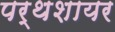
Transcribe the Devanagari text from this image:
पर्थशायर